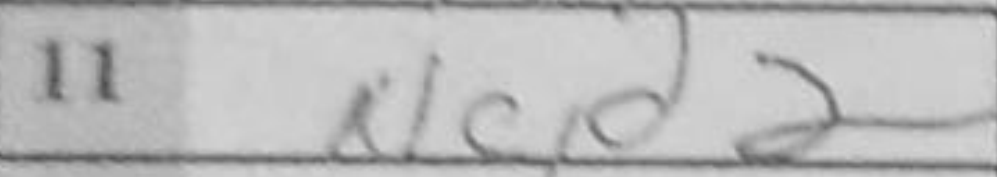
Transcription: Ncd2